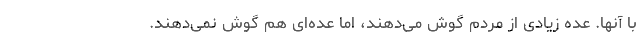
با آنها. عده زیادی از مردم گوش می‌دهند، اما عده‌ای هم گوش نمی‌دهند.